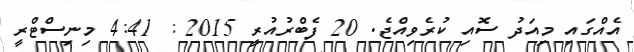
އެއްގައި މިއަދު ސޮއި ކުރެވިއްޖެ. 20 ފެބްރުއުރީ 2015 : 4:41 މިނިސްޓްރީ